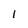
Character: l